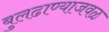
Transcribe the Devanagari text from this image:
बुलढाण्याजवळ